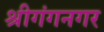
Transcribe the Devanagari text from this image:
श्रीगंगनगर